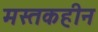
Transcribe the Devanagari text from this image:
मस्तकहीन